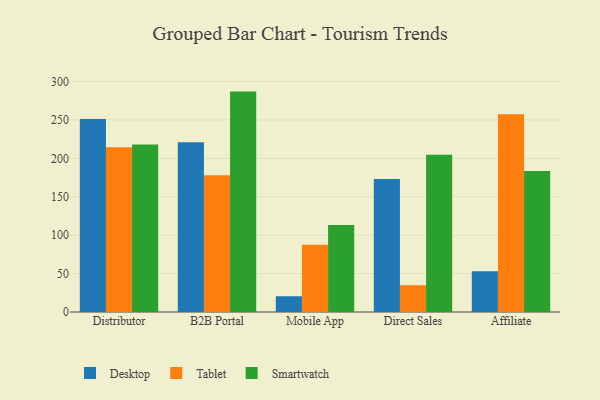
{"axis": {"x": "Channel", "y": "Waste Production (Tons)"}, "legend": ["Desktop", "Smartwatch", "Tablet"], "data": [{"x": "Distributor", "y": 251.2, "type": "Desktop"}, {"x": "Distributor", "y": 214.5, "type": "Tablet"}, {"x": "Distributor", "y": 218.1, "type": "Smartwatch"}, {"x": "B2B Portal", "y": 221.1, "type": "Desktop"}, {"x": "B2B Portal", "y": 178.1, "type": "Tablet"}, {"x": "B2B Portal", "y": 286.9, "type": "Smartwatch"}, {"x": "Mobile App", "y": 20.5, "type": "Desktop"}, {"x": "Mobile App", "y": 87.6, "type": "Tablet"}, {"x": "Mobile App", "y": 113.2, "type": "Smartwatch"}, {"x": "Direct Sales", "y": 173.1, "type": "Desktop"}, {"x": "Direct Sales", "y": 34.9, "type": "Tablet"}, {"x": "Direct Sales", "y": 204.8, "type": "Smartwatch"}, {"x": "Affiliate", "y": 53.1, "type": "Desktop"}, {"x": "Affiliate", "y": 257.5, "type": "Tablet"}, {"x": "Affiliate", "y": 183.5, "type": "Smartwatch"}]}